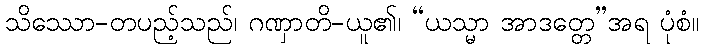
သိဿော-တပည့်သည်၊ ဂဏှာတိ-ယူ၏၊ “ယသ္မာ အာဒတ္တေ”အရ ပုံစံ။